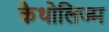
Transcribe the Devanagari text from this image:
कैथोलिज्म